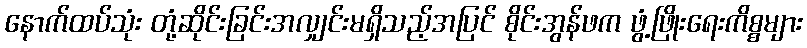
နောက်ထပ်သုံး တုံ့ဆိုင်းခြင်းအလျှင်းမရှိသည့်အပြင် စိုင်းအွန်ဖက ဖွံ့ဖြိုးရေးကိစ္စများ